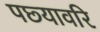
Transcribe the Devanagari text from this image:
पछ्यावरि